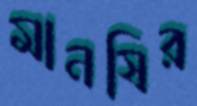
মানষির